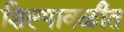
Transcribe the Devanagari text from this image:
शिल्पावळीत